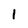
Character: 1